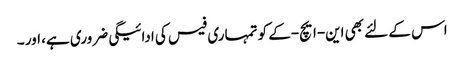
اس کے لئے بھی این-ایچ-کے کو تمہاری فیس کی ادائیگی ضروری ہے، اور ۔